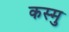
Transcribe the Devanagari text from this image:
कस्मु